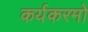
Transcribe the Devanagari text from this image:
कर्यकरमो